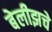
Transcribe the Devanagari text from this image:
बेलीझचे